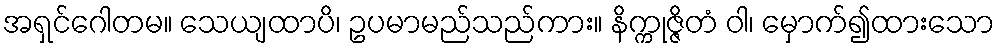
အရှင်ဂေါတမ။ သေယျထာပိ၊ ဥပမာမည်သည်ကား။ နိက္ကုဇ္ဇိတံ ဝါ၊ မှောက်၍ထားသော